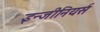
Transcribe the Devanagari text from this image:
इन्जीनियर्स